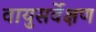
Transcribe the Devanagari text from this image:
वायुसर्वेक्षण